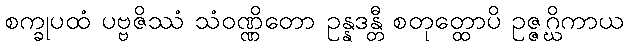
စက္ခုပထံ ပဗ္ဗဇိဿံ သံဝဏ္ဏိတော ဥန္နဒန္တီ စတုတ္ထောပိ ဥဇ္ဇဂ္ဃိကာယ